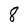
Character: 8